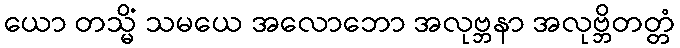
ယော တသ္မိံ သမယေ အလောဘော အလုဗ္ဘနာ အလုဗ္ဘိတတ္တံ